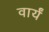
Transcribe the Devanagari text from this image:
वार्यं